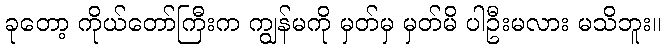
ခုတော့ ကိုယ်တော်ကြီးက ကျွန်မကို မှတ်မှ မှတ်မိ ပါဦးမလား မသိဘူး။